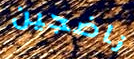
ناضجين